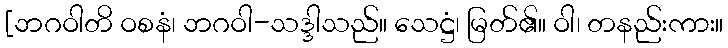
[ဘဂဝါတိ ဝစနံ၊ ဘဂဝါ-သဒ္ဒါသည်။ သေဋ္ဌံ၊ မြတ်၏။ ဝါ၊ တနည်းကား။